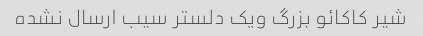
شیر کاکائو بزرگ ویک دلستر سیب ارسال نشده